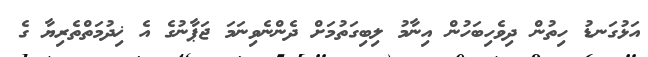
އަޅުގަނޑު ހިތުން ދިވެހިބަހުން އިނާމު ލިބިގަތުމަށް ދެންނެވިނަމަ ޖަޕާނުގެ އެ ޚިދުމަތްތެރިޔާ ގެ